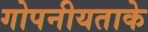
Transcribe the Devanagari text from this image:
गोपनीयताके